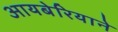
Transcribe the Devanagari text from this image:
आयबेरियाने